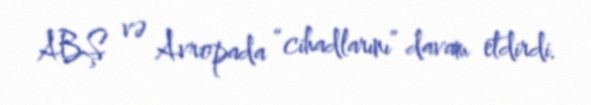
ABŞ və Avropada “cihadlarını” davam etdirdi.